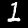
Label: 1